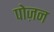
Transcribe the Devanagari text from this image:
पोज़न